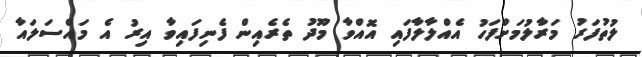
ލުތުފަރު މަރާލުމަށްފަހު އެއްލާލާފައި އޮއްވާ މޫދު ތެރެއިން ފެނިފައިވާ އިރު އެ މައްސަލައާ